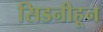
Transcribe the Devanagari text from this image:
सिडनीहून